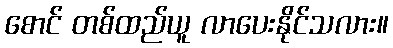
စောင် တစ်ထည်ယူ လာပေးနိုင်သလား။